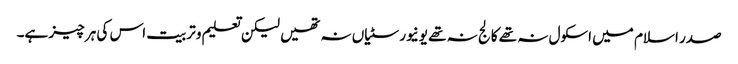
صدر اسلام میں اسکول نہ تھے کالج نہ تھے یونیورسٹیاں نہ تھیں لیکن تعلیم و تربیت اس کی ہر چیز ہے۔